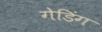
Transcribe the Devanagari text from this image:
गेडिंग